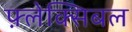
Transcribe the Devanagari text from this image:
फ़्लेक्सिबल